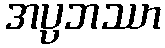
အပ္ပဘဿာ